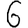
Digit: 6